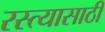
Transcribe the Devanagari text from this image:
रस्त्यासाठी